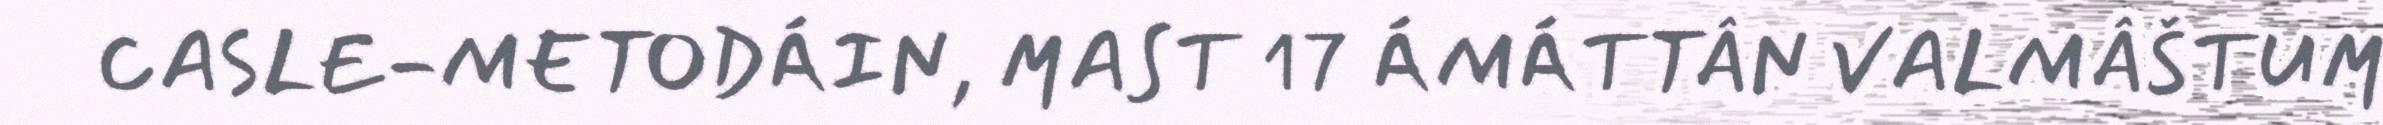
CASLE-METODÁIN, MAST 17 ÁMÁTTÂN VALMÂŠTUM